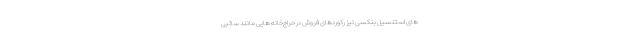
های استنسیل بنکسی نیز رکوردهای فروش در حراج‌خانه هایی مانند ساتبی